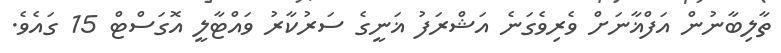
ތާލިބާނުން އަފްޣާނަށް ވެރިވެގަނެ އަޝްރަފު ޣަނީގެ ސަރުކާރު ވައްޓާލީ އޮގަސްޓް 15 ގައެވެ.